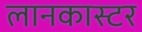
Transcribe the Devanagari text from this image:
लानकास्टर